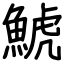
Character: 鯱